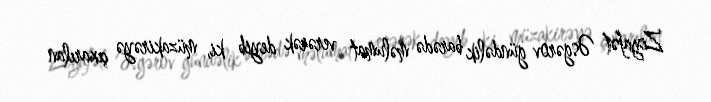
Ziyafət Əsgərov gündəlik barədə məlumat verərək deyib ki, müzakirəyə çıxarılan